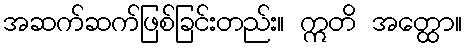
အဆက်ဆက်ဖြစ်ခြင်းတည်း။ ဣတိ အတ္ထော။